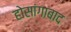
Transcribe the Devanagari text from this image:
होसांगाबाद